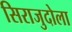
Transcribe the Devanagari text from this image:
सिराजुदोला